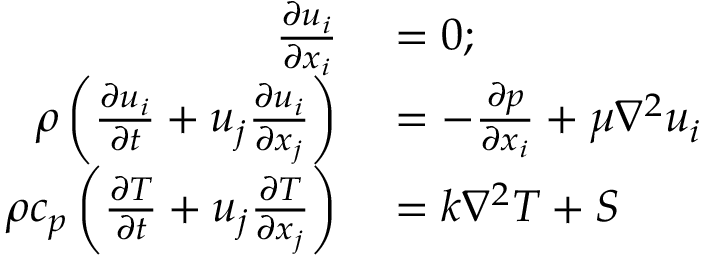
\begin{array} { r l } { \frac { \partial u _ { i } } { \partial x _ { i } } } & { { } = 0 ; } \\ { \rho \left( \frac { \partial u _ { i } } { \partial t } + u _ { j } \frac { \partial u _ { i } } { \partial x _ { j } } \right) } & { { } = - \frac { \partial p } { \partial x _ { i } } + \mu \nabla ^ { 2 } u _ { i } } \\ { \rho c _ { p } \left( \frac { \partial T } { \partial t } + u _ { j } \frac { \partial T } { \partial x _ { j } } \right) } & { { } = k \nabla ^ { 2 } T + S } \end{array}